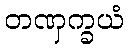
တဏှက္ခယံ